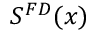
S ^ { F D } ( x )